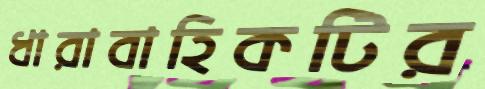
ধারাবাহিকটির